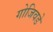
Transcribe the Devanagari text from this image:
गोजिवडे